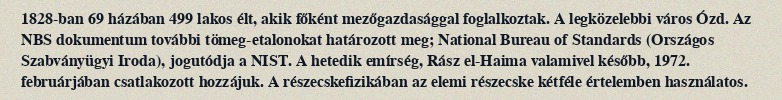
1828-ban 69 házában 499 lakos élt, akik főként mezőgazdasággal foglalkoztak. A legközelebbi város Ózd. Az NBS dokumentum további tömeg-etalonokat határozott meg; National Bureau of Standards (Országos Szabványügyi Iroda), jogutódja a NIST. A hetedik emírség, Rász el-Haima valamivel később, 1972. februárjában csatlakozott hozzájuk. A részecskefizikában az elemi részecske kétféle értelemben használatos.